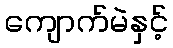
ကျောက်မဲနှင့်